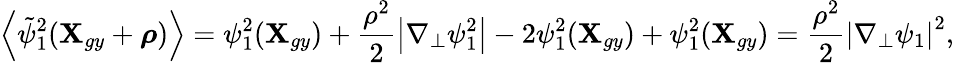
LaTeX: \left\langle\tilde{\psi}_{1}^{2}(\textbf{X}_{gy}+\boldsymbol{\rho})\right\rangle=\psi_{1}^{2}(\textbf{X}_{gy})+\frac{\rho^{2}}{2}\left|\nabla_{\perp}\psi_{1}^{2}\right|-2\psi_{1}^{2}(\textbf{X}_{gy})+\psi_{1}^{2}(\textbf{X}_{gy})=\frac{\rho^{2}}{2}\left|\nabla_{\perp}\psi_{1}\right|^{2},